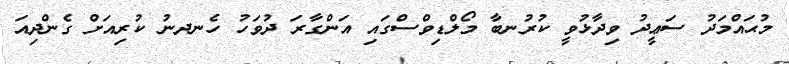
މުޙައްމަދު ސަޢީދު ވިދާޅުވީ ކުރުނބާ މޯލްޑިވްސްގައި އަންގާރަ ދުވަހު ހެނދނު ކުރިއަށް ގެންދިއަ